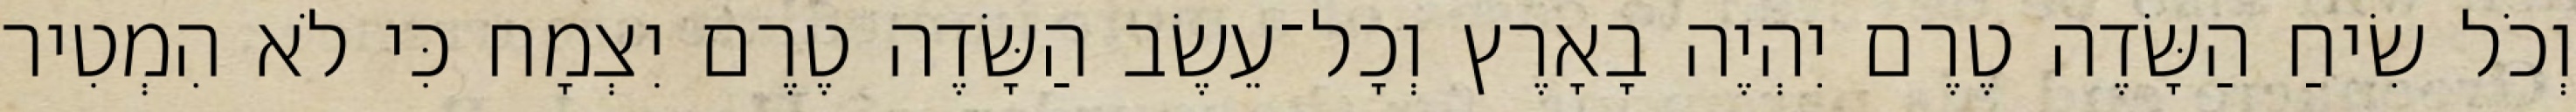
וְכֹל שִׂיחַ הַשָּׂדֶה טֶרֶם יִהְיֶה בָאָרֶץ וְכָל־עֵשֶׂב הַשָּׂדֶה טֶרֶם יִצְמָח כִּי לֹא הִמְטִיר